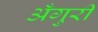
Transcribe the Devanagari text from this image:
अँगुरी